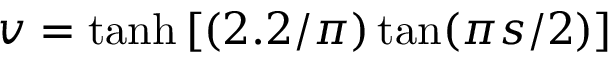
v = \operatorname { t a n h } \left[ ( 2 . 2 / \pi ) \tan ( \pi s / 2 ) \right]